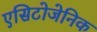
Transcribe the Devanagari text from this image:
एसिटोजेनिक